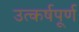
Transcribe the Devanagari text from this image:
उत्कर्षपूर्ण